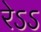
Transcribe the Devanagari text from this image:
रेऽऽ